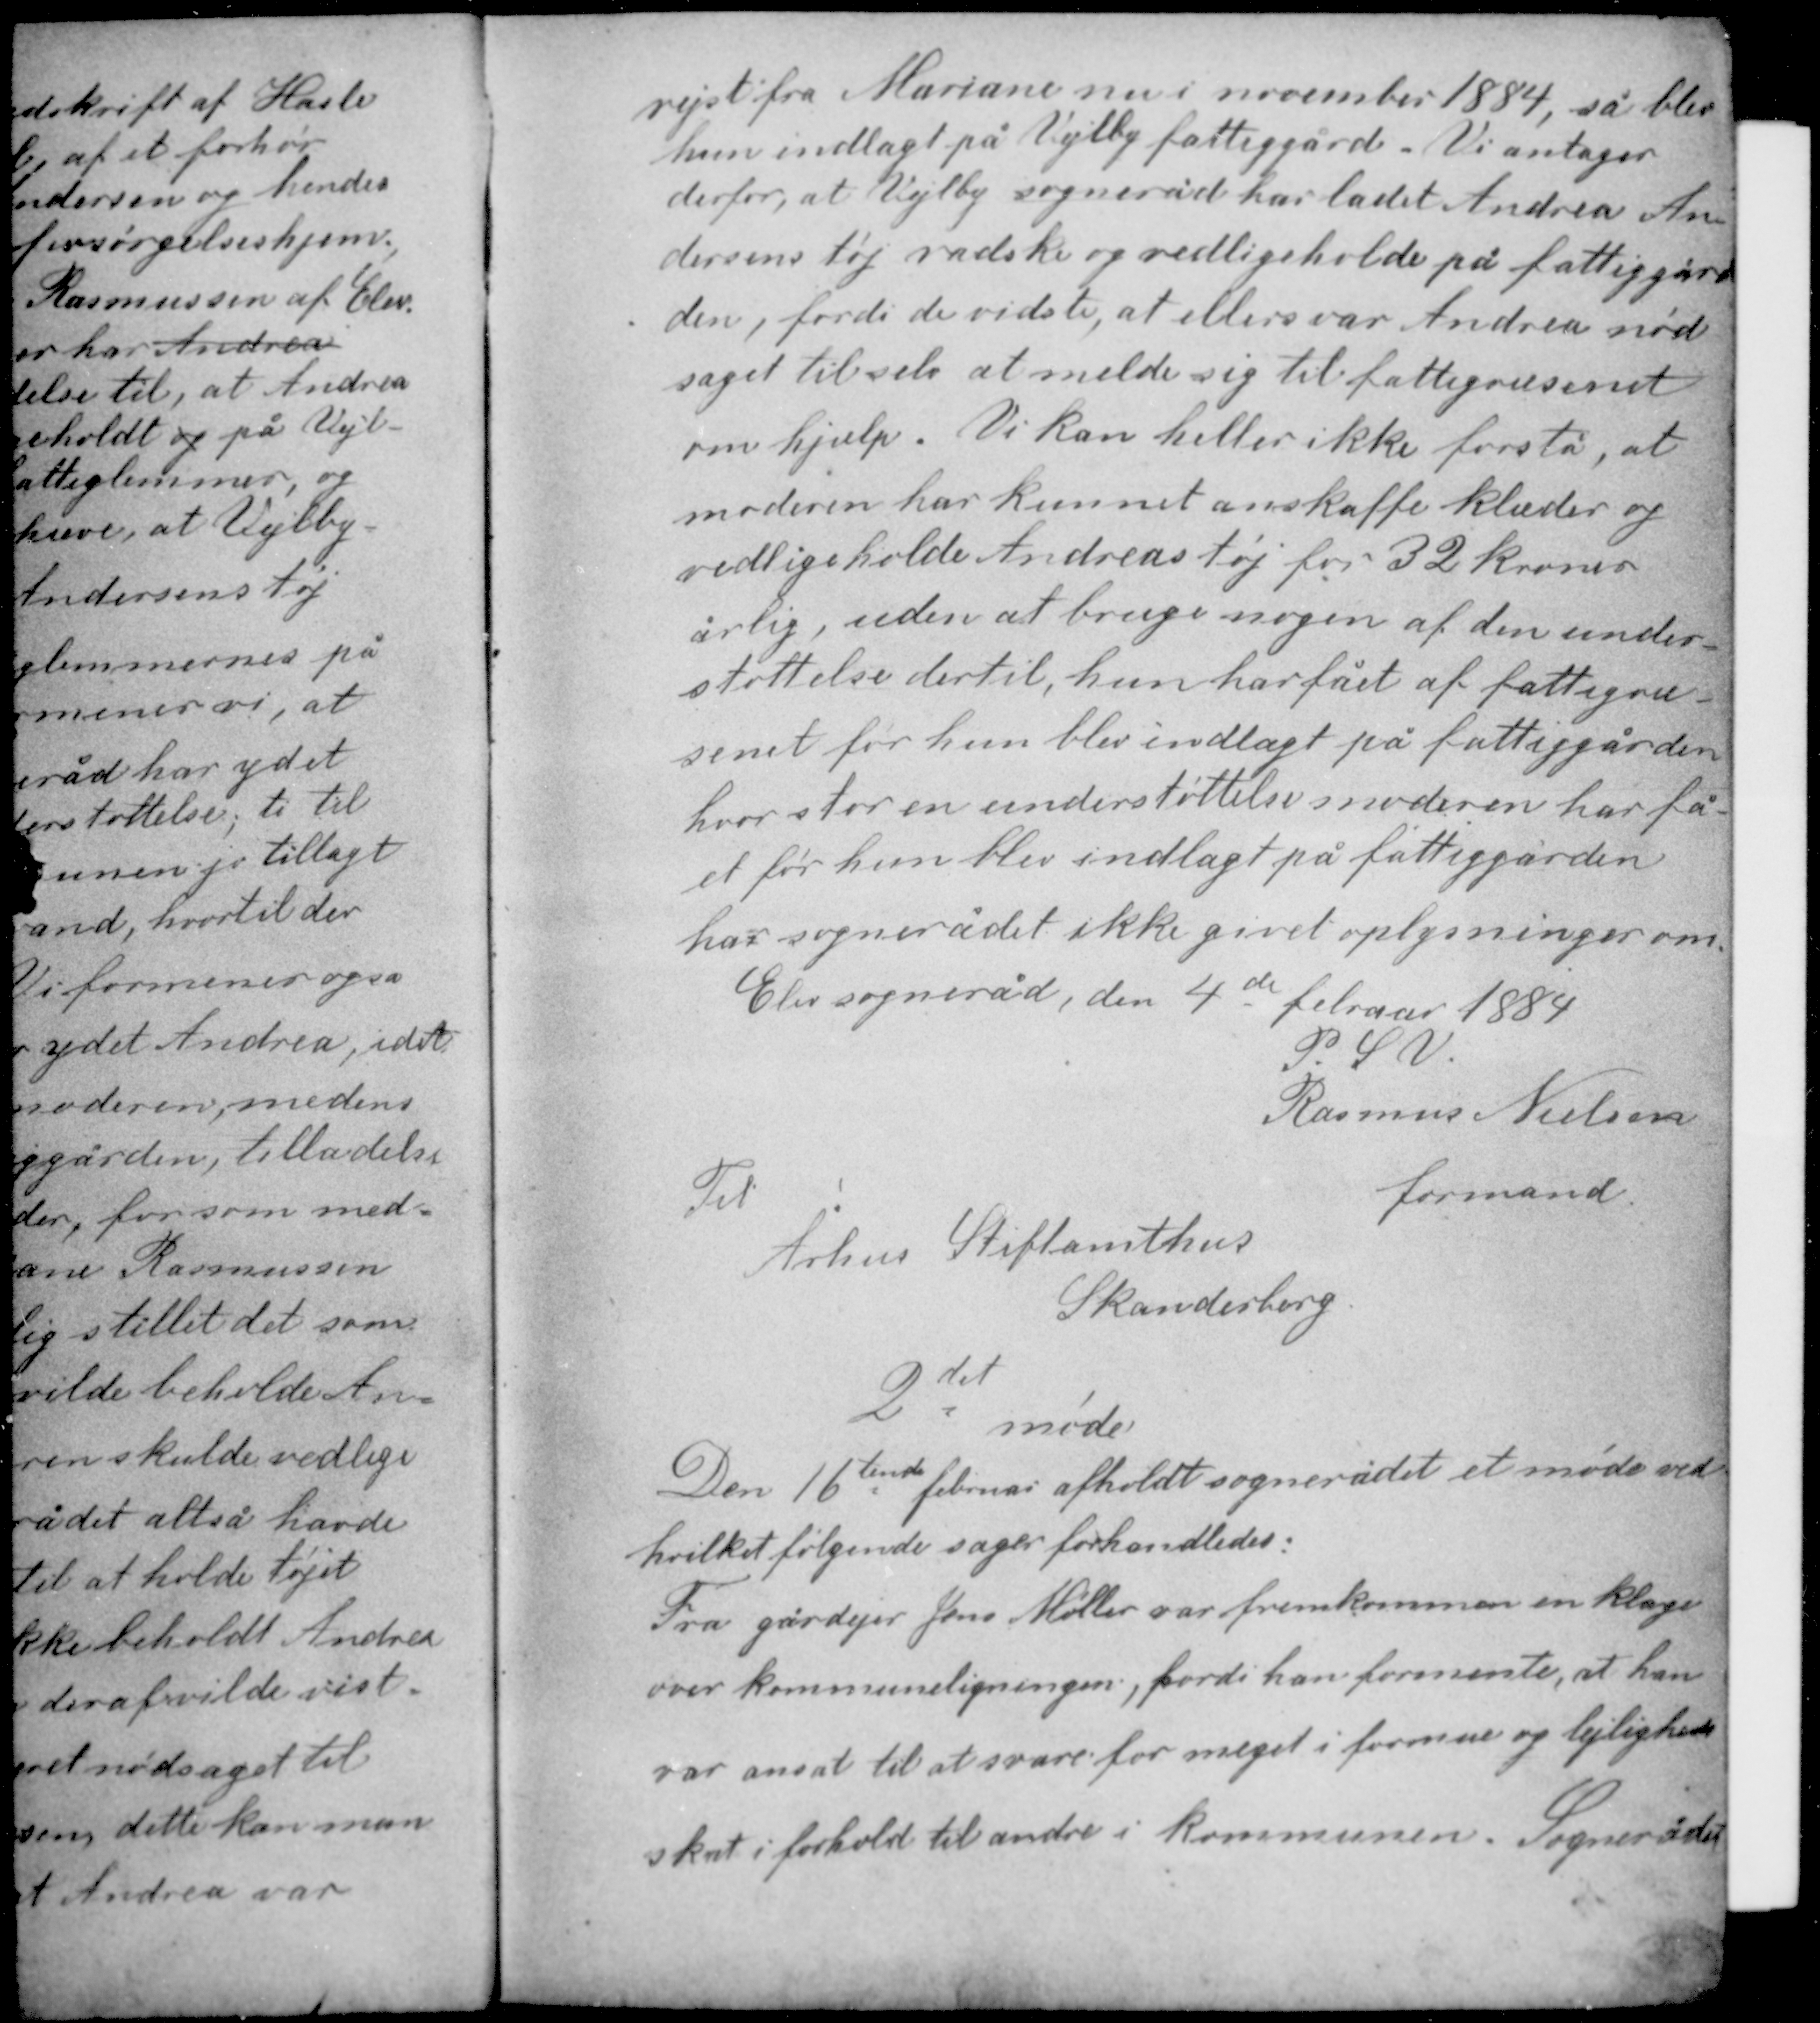
Transskription:
rejst fra Mariane nu i november 1884, så blev
hun indlagt på Vejlby fattiggård. Vi antager
derfor, at Vejlby sogneråd har ladet Andrea An-
dersens tøj vadske og vedligeholde på fattiggår-
den, fordi de vidste, at ellers var Andrea nød-
saget til selv at melde sig til fattigvæsenet
om hjælp. Vi kan heller ikke forstå, at
moderen har kunnet anskaffe klæder og
vedligeholde Andreas tøj for 32 kroner

årlig, uden at bruge nogen af den under-
støttelse dertil, hun har fået af fattigvæ-
senet før hun blev indlagt på fattiggården
hvor stor en understøttelse moderen har få-
et før hun blev indlagt på fattiggården
har sognerådet ikke givet oplysninger om.
Elev sogneråd, den 4de februar 1884
P. S. V.
Rasmus Nielsen

Til
Århus Stiftamthus
Skanderborg

formand

2det møde

Den 16tende februar afholdt sognerådet et møde ved
hvilket følgende sager forhandledes:
Fra gårdejer Jens Møller var fremkommen en klage
over kommuneligningen, fordi han formente, at han
var ansat til at svare for meget i formue og lejlighed-
skat i forhold til andre i kommunen. Sognerådet